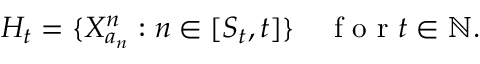
H _ { t } = \{ X _ { a _ { n } } ^ { n } : n \in [ S _ { t } , t ] \} \quad \mathrm { ~ f ~ o ~ r ~ } t \in \mathbb { N } .